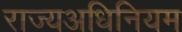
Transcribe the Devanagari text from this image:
राज्यअधिनियम